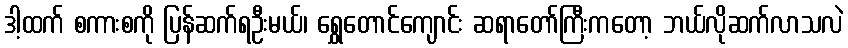
ဒါ့ထက် စကားစကို ပြန်ဆက်ရဦးမယ်၊ ရွှေတောင်ကျောင်း ဆရာတော်ကြီးကတော့ ဘယ်လိုဆက်လာသလဲ